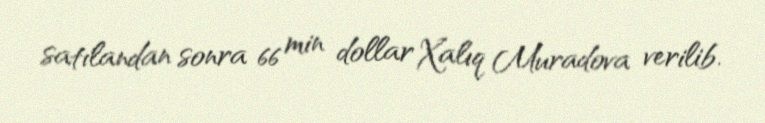
satılandan sonra 66 min dollar Xalıq Muradova verilib.